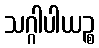
သဂ္ဂါပါယဉ္စ